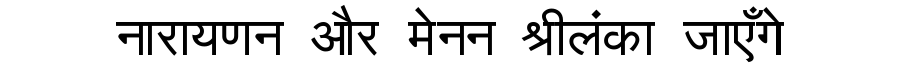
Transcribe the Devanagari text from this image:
नारायणन और मेनन श्रीलंका जाएँगे